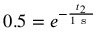
0 . 5 = e ^ { - \frac { t _ { 2 } } { 1 \mathrm { ~ s ~ } } }